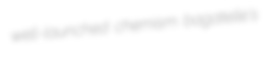
well-launched chemism bagatelle's